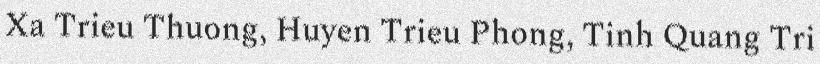
Xa Trieu Thuong, Huyen Trieu Phong, Tinh Quang Tri